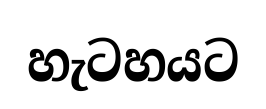
හැටහයට